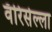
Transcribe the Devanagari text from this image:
वॅरिसेल्ला